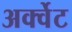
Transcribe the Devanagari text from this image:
अर्क्वेट